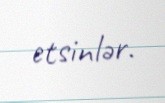
etsinlər.